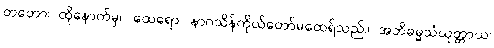
တတော၊ ထိုနောက်မှ။ ထေရော၊ နာဂသိန်ကိုယ်တော်မထေရ်သည်။ အဘိဓမ္မသံယုတ္တာယ၊